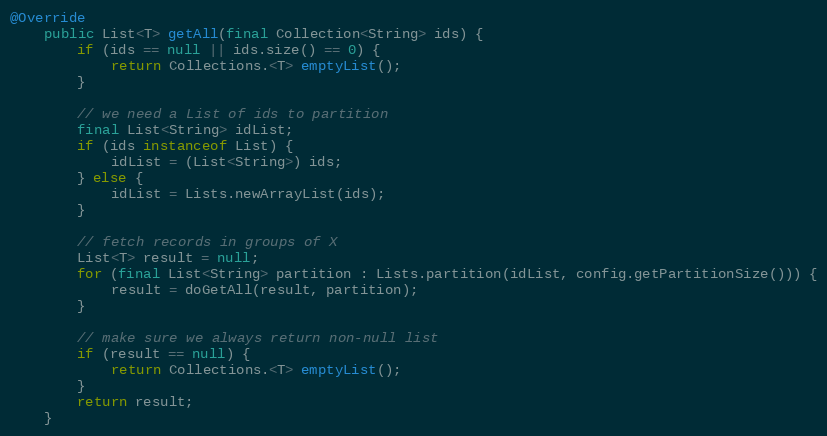
Language: Java
@Override
    public List<T> getAll(final Collection<String> ids) {
        if (ids == null || ids.size() == 0) {
            return Collections.<T> emptyList();
        }

        // we need a List of ids to partition
        final List<String> idList;
        if (ids instanceof List) {
            idList = (List<String>) ids;
        } else {
            idList = Lists.newArrayList(ids);
        }

        // fetch records in groups of X
        List<T> result = null;
        for (final List<String> partition : Lists.partition(idList, config.getPartitionSize())) {
            result = doGetAll(result, partition);
        }

        // make sure we always return non-null list
        if (result == null) {
            return Collections.<T> emptyList();
        }
        return result;
    }